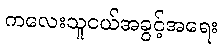
ကလေးသူငယ်အခွင့်အရေး